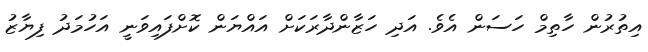
އިތުރުން ހާތިމް ހަސަން އެވެ. އަދި ހަޒާންދާރަކަށް އައްޔަން ކޮށްފައިވަނީ އަހުމަދު ފިޔާޒު